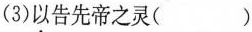
(3)以告先帝之灵( )